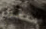
مفصول